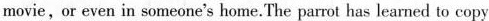
movie, or even in someone's home. The parrot has learned to copy